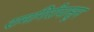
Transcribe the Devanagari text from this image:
रामगिरीपासून